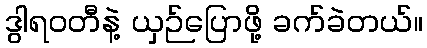
ဒွါရဝတီနဲ့ ယှဉ်ပြောဖို့ ခက်ခဲတယ်။